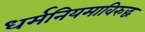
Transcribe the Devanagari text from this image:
धर्मनियमाविरुद्ध